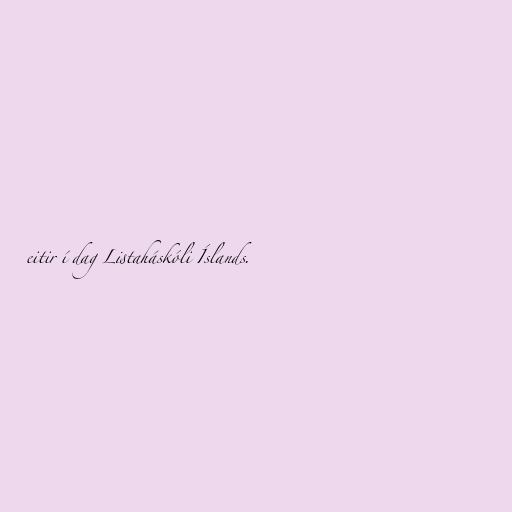
eitir í dag Listaháskóli Íslands.